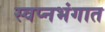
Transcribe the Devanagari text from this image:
स्वप्नभंगात